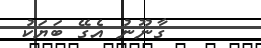
ގާނޫނު އެގޭ ބަޔަކު